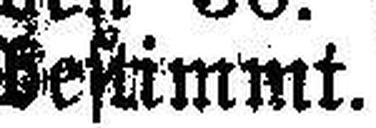
bestimmt.